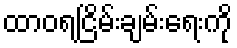
ထာဝရငြိမ်းချမ်းရေးကို